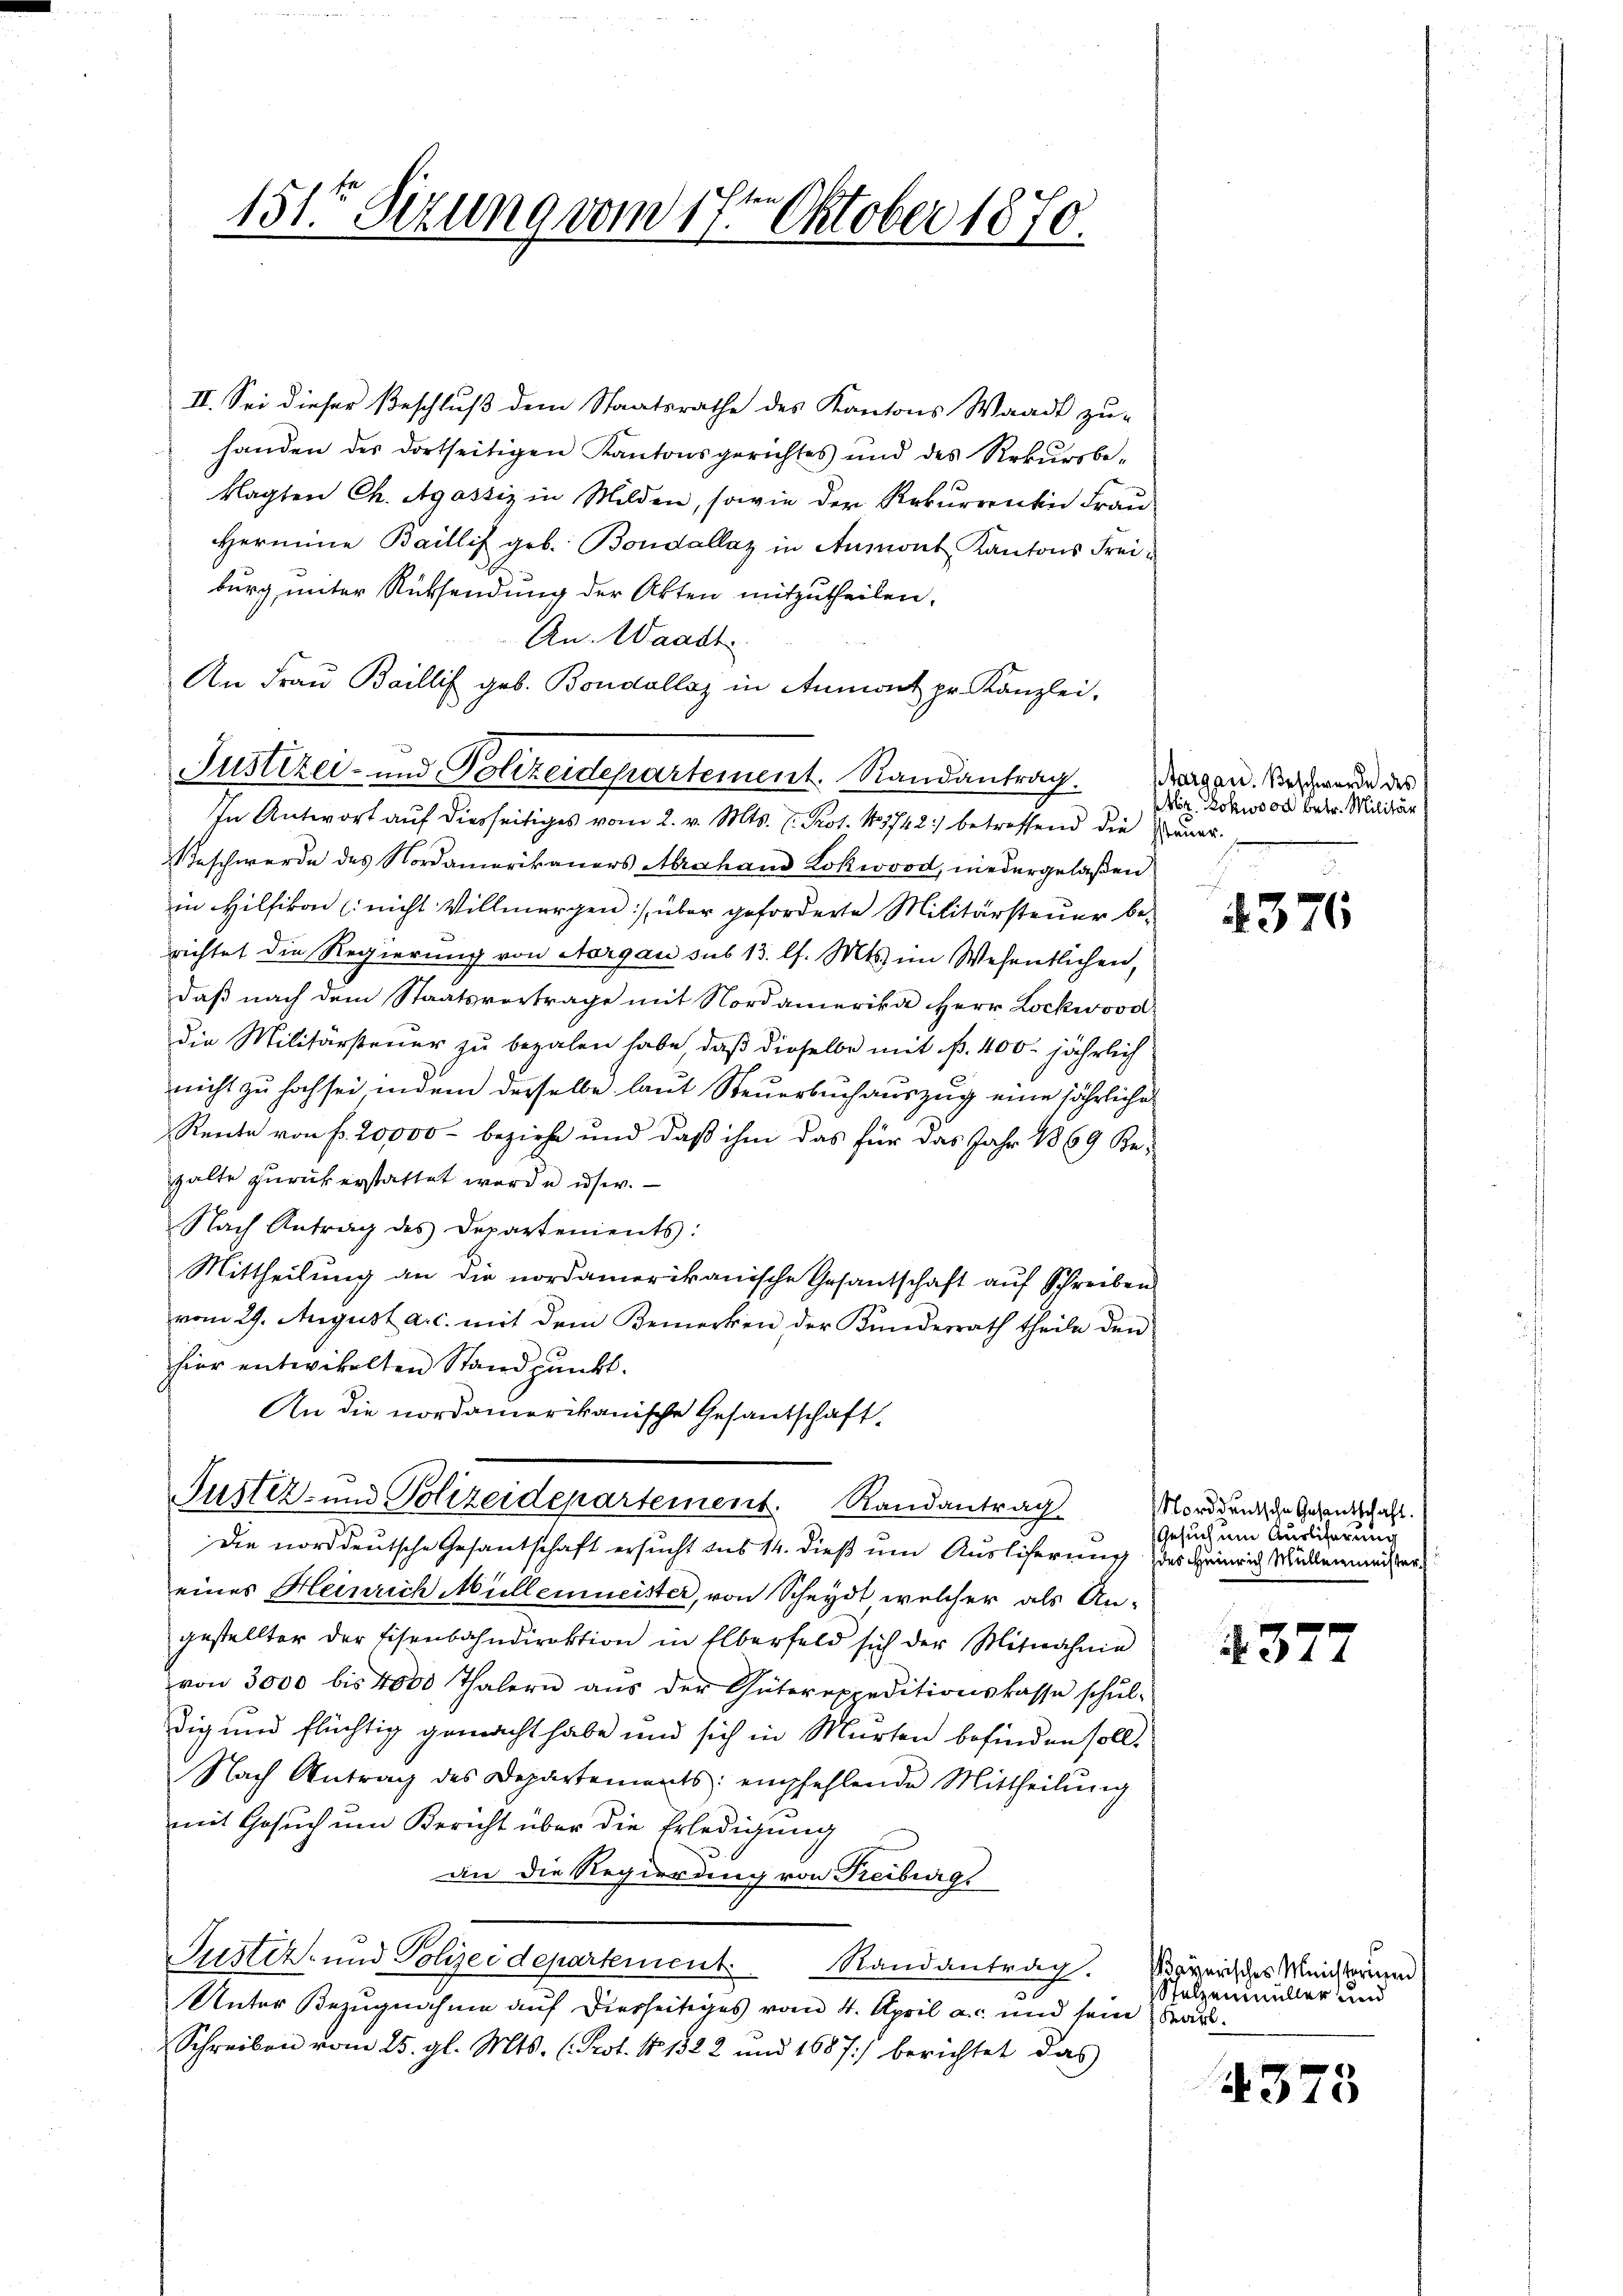
II. Sei dieser Beschluß dem Staatsrathe des Kantons Waadt zu-
handen des dortseitigen Kantonsgerichtes und des Rekursbe-
klagten Ch. Agassiz in Milden, sowie der Rekurrentin Frau
Hermine Baillis geb. Bondallaz in Aumont Kantons Frei-
burg unter Rücksendung der Akten mitzutheilen.
An. Waadt
An Frau Baillis geb. Boudallaz in Anmont pr. Kanzlei-
In Antwort auf diesseitiges vom 2. v. Mts. v. Prot. 13742) betreffend die Dauer-
Beschwerde des Nordamerikaners Abrahand Lokwood, niedergelaßen
in Hilfikon (nicht Villmergen über geforderte Militärsteuer be-
richtet die Regierung von Aargau sub 13. l. Mts. im Wesentlichen,
daß nach dem Staatsvertrage mit Nordamerika Herr Lockwood
die Militärsteuer zu bezalen habe, daß dieselbe mit P. 400. jährlich
nicht zu hoch sei indem derselbe laut Steuerbuch auszug eine jährliche
Rente von fr. 20,000 - beziehe und daß ihm das für das Jahr 1869 Behalte zurückerstattet worde usw.
Nach Antrag des Departenients:
Mittheilung an die nordamerikanische Gesantschaft auf Schreiben
vom 29. August a. c. mit dem Bemerken der Kundesrath theile den
hier entwickelten Standpunkt.
An die nordamerikanische Gesandschaft.
Justiz- und Polizeidepartement. Randantrag
Die norddeutsche Gesantschaft ersucht aus 14. dieß um Ausliferung des Heinrich Müllermeister,
eines Heinrich Müllenmeister, von Scheydt welcher als Angestellter der Eisenbahndirektion in Elberfeld sich der Mitwahnin
von 3000 bis 4000 Thalern aŭs der Güterexpeditionskasse schŭl-
dig und flüchtig gemacht habe und sich in Murten befinden soll.
Nach Antrag des Departements empfehlende Mittheilŭng
mit Gesuch um Bericht über die Erledigung
an die Regierung von Freiburgs
Justiz- und Polizeidepartement. Randantrag. Mayerisches Meisterun
Unter Bezugnahme auf Dierseitiges vom 4. April a.c. und sein Bar¬
Schreiben vom 25. gl. Mts. (Prot. No 1322 und 1687) berichtet das

151ten Sizung vom 17ten Oktober 1870.

Justizer- und Polizeidepartement. Randantrag.

Aargau. Beschwerde des
Abt. Rokwood betr. Militär

4376

Norddeutschen Gesentschaft.
Gesuch um Auslieferung

4377

Stelzenmüller und

4375